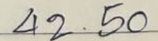
42 . 50